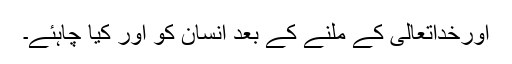
اورخداتعالیٰ کے ملنے کے بعد انسان کو اور کیا چاہئے۔